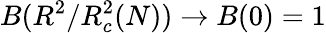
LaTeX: B(R^{2}/R_{c}^{2}(N))\to B(0)=1